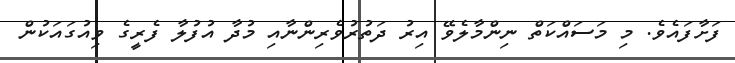
ފަށާފައެވެ. މި މަސައްކަތް ނިންމާލެވޭ އިރު ދަތުރުވެރިންނާއި މުދާ އުފުލާ ފެރީގެ ވިއުގައަކުން